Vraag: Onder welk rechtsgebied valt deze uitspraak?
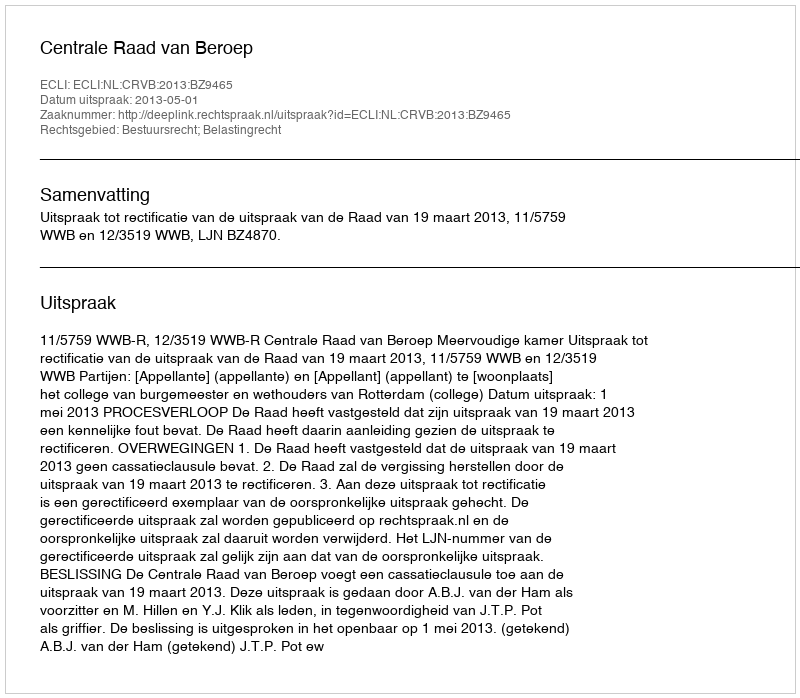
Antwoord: Bestuursrecht; Belastingrecht